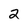
Character: 2